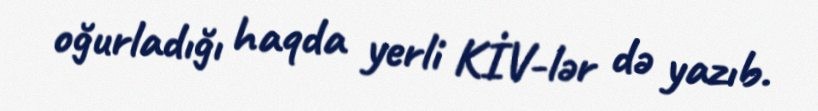
oğurladığı haqda yerli KİV-lər də yazıb.